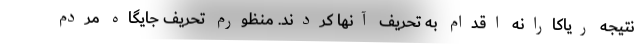
نتیجه ریاکارانه اقدام به تحریف آنها کردند. منظورم تحریف جایگاه مردم